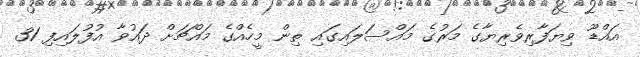
އައްޑޫ ވިޔަފާރިވެރިޔާގެ މަރުގެ މައްސަލައިގައި ތިން މީހެއްގެ މައްޗަށް ދައުވާ އުފުލައިފި 31